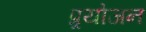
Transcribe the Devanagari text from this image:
प्र्रयोजन